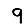
Digit: 9